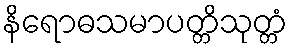
နိရောဓသမာပတ္တိသုတ္တံ